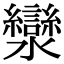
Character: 灓